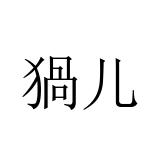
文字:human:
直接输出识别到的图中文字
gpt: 猧儿